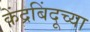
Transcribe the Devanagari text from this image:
केंद्रबिंदूच्या